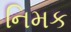
નિમક